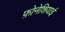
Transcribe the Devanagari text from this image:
फ़ोनेशियाई